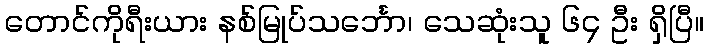
တောင်ကိုရီးယား နစ်မြုပ်သင်္ဘော၊ သေဆုံးသူ ၆၄ ဦး ရှိပြီ။